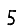
Digit: 5